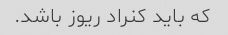
که باید کنراد ریوز باشد.